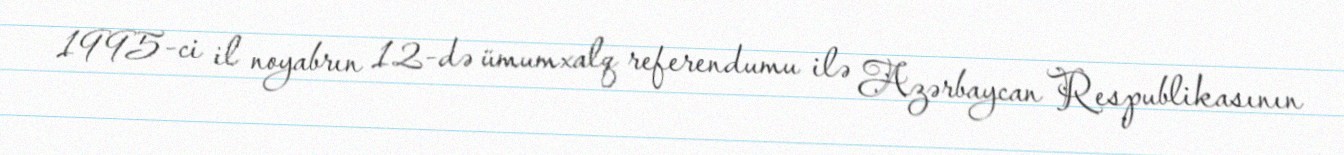
1995-ci il noyabrın 12-də ümumxalq referendumu ilə Azərbaycan Respublikasının